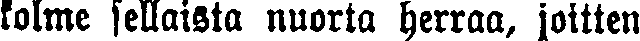
kolme sellaista nuorta herraa, joitten